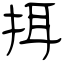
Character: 挕